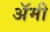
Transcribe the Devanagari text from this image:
अॅमी